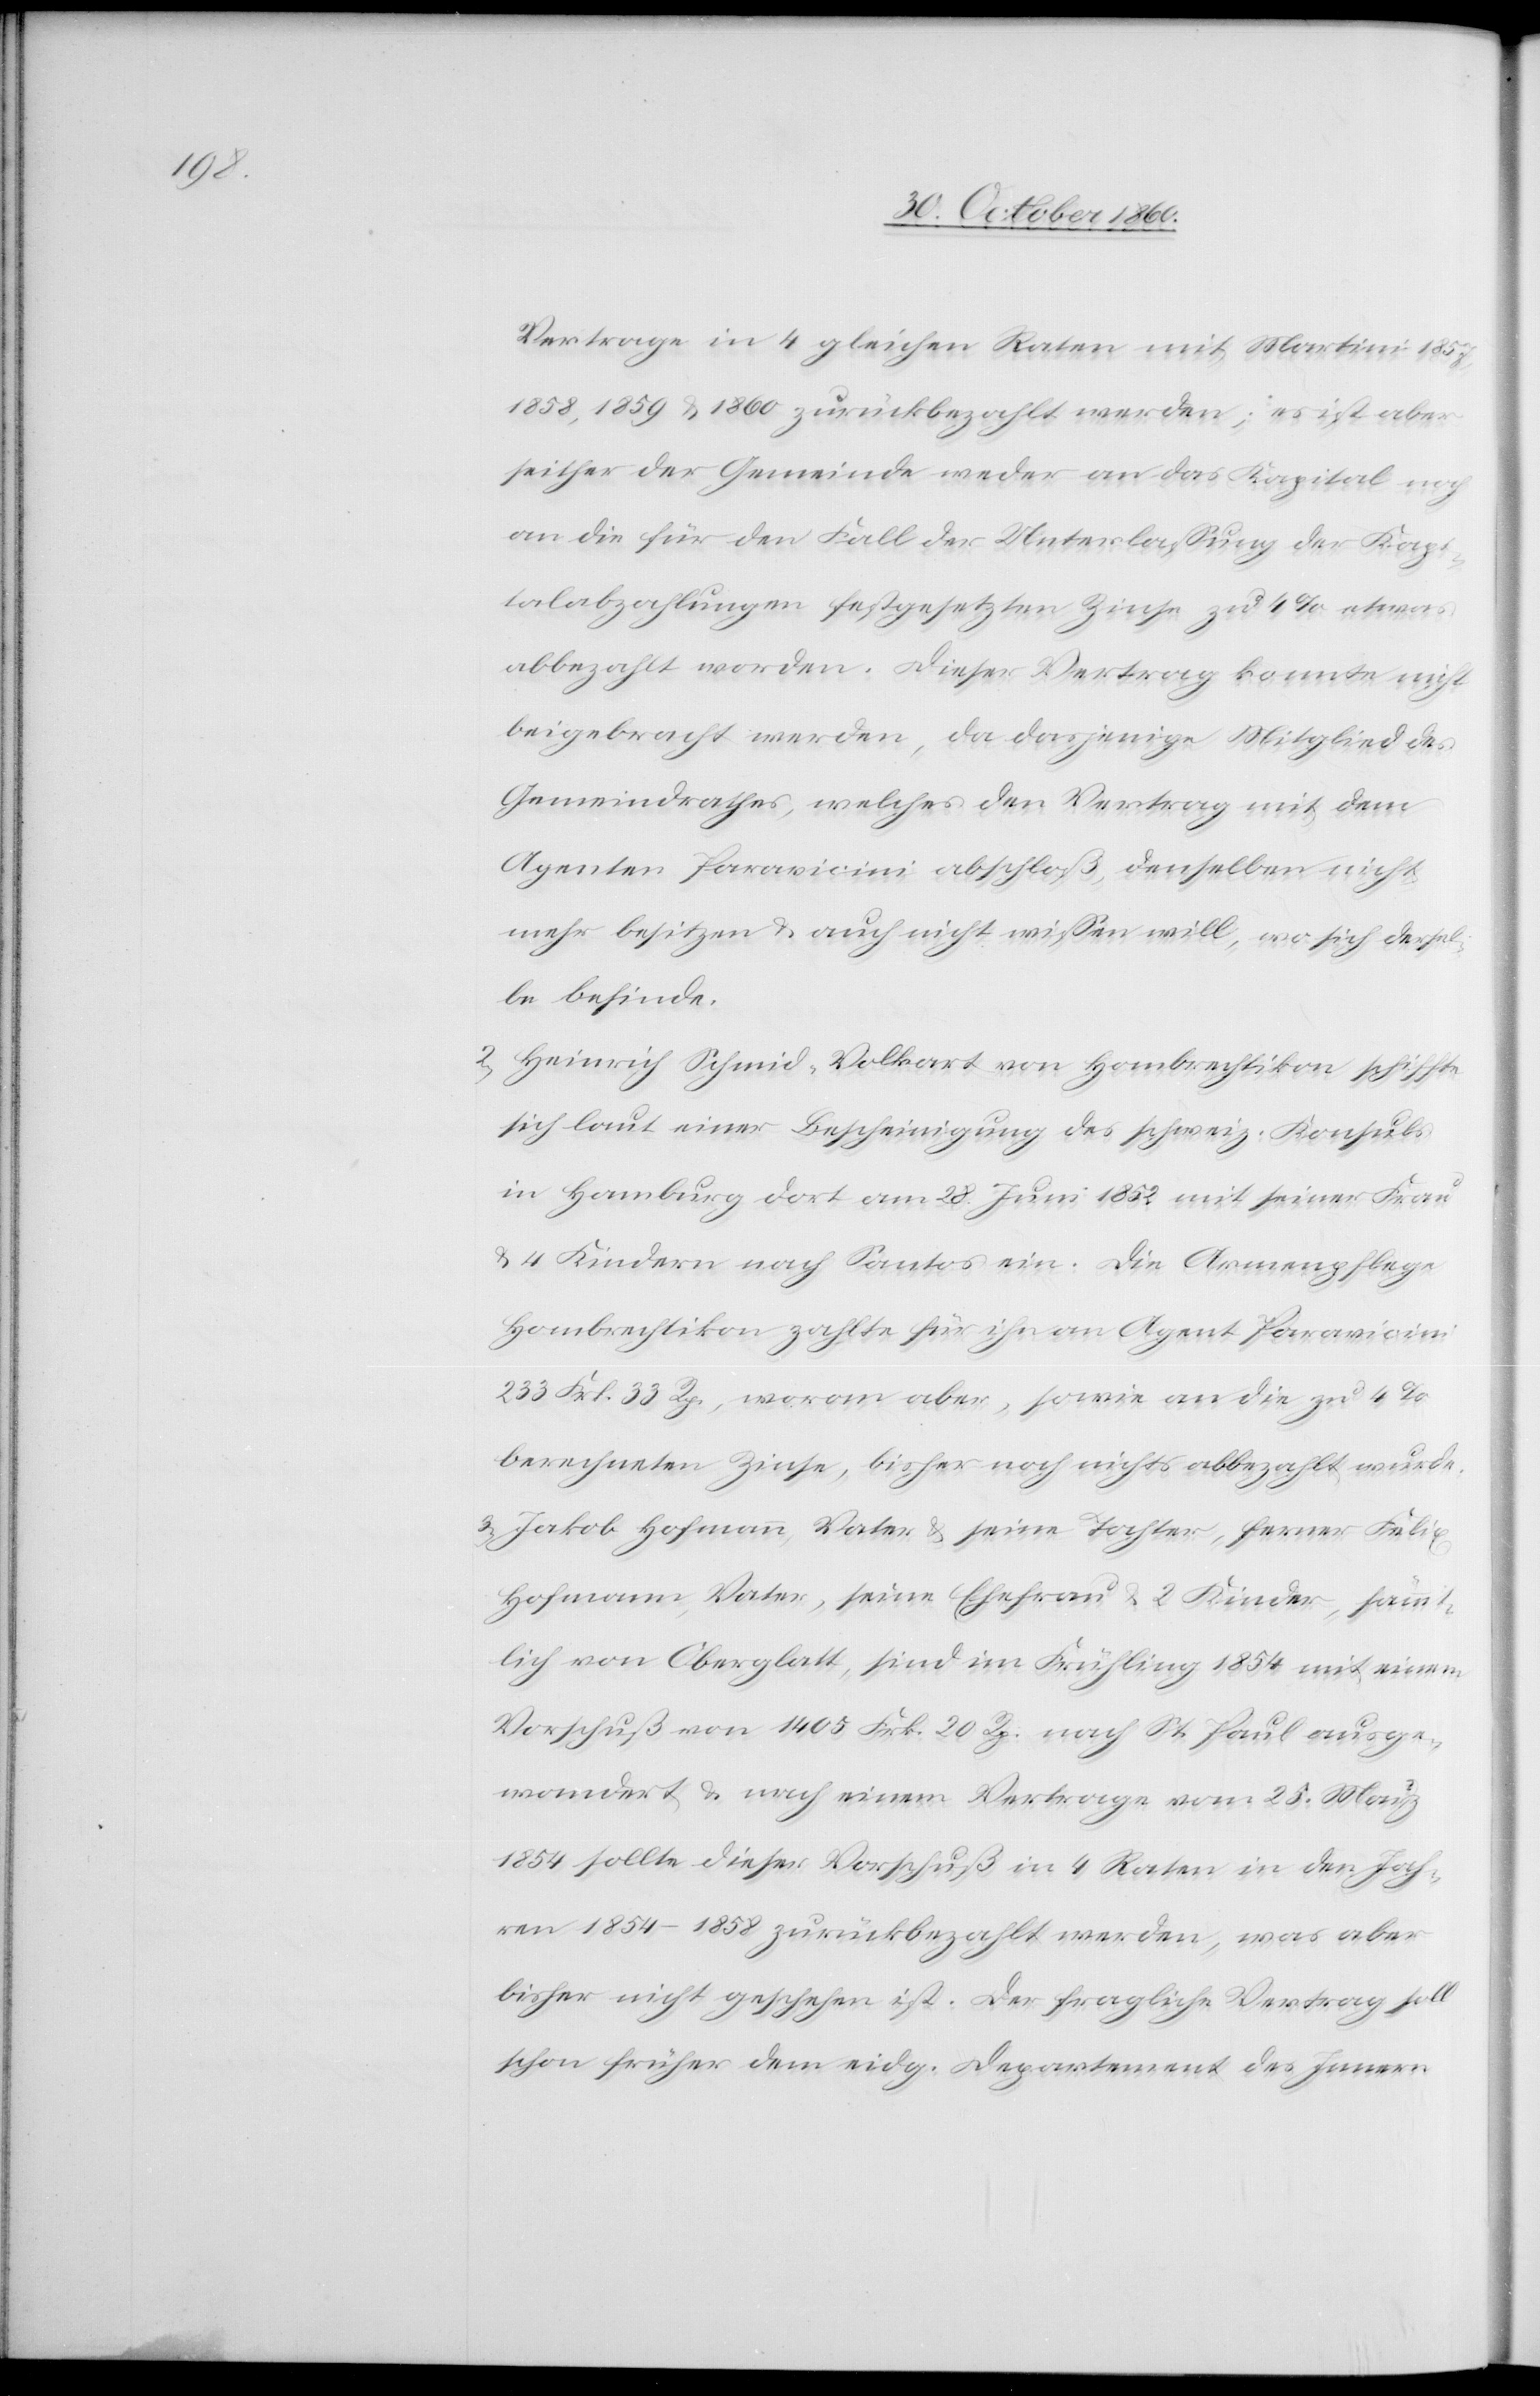
Vertrage in 4 gleichen Raten mit Martini 1857,
1858, 1859 u. 1860 zurückbezahlt werden; es ist aber
seither der Gemeinde weder an das Kapital noch
an die für den Fall der Unterlassung der Kapi¬
talabzahlungen festgesetzten Zinse zu 4% etwas
abbezahlt worden. Dieser Vertrag konnte nicht
beigebracht werden, da dasjenige Mitglied des
Gemeindrathes, welcher den Vertrag mit dem
Agenten Paravicini abschloß, denselben nicht
mehr besitzen u. auch nicht wissen will, wo sich dersel¬
be befinde.
2) Heinrich Schmid-Volkart von Hombrechtikon schiffte
sich laut einer Bescheinigung des schweiz. Konsuls
in Hamburg dort am 28. Juni 1852 mit seiner Frau
u. 4 Kindern nach Santos ein. Die Armenpflege
Hombrechtikon zahlte für ihn an Agent Paravicini
233 Frk. 33 Rp., woran aber, sowie an die zu 4%
berechneten Zinse, bisher noch nichts abbezahlt wurde.
3) Jakob Hofmann, Vater u. seine Tochter, ferner Felix
Hofmann, Vater, seine Ehefrau u. 2 Kinder, sämmt¬
lich von Oberglatt, sind im Frühling 1854 mit einem
Vorschuß von 1405 Frk. 20 Rp. nach St. Paul ausge¬
wandert u. nach einem Vertrage vom 25. März
1854 sollte dieser Vorschuß in 4 Raten in den Jah¬
ren 1854–1858 zurückbezahlt werden, was aber
bisher nicht geschehen ist. Der fragliche Vertrag soll
schon früher dem eidg. Departement des Innern